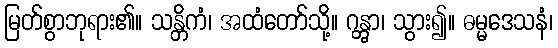
မြတ်စွာဘုရား၏။ သန္တိကံ၊ အထံတော်သို့။ ဂန္တွာ၊ သွား၍။ ဓမ္မဒေသနံ၊